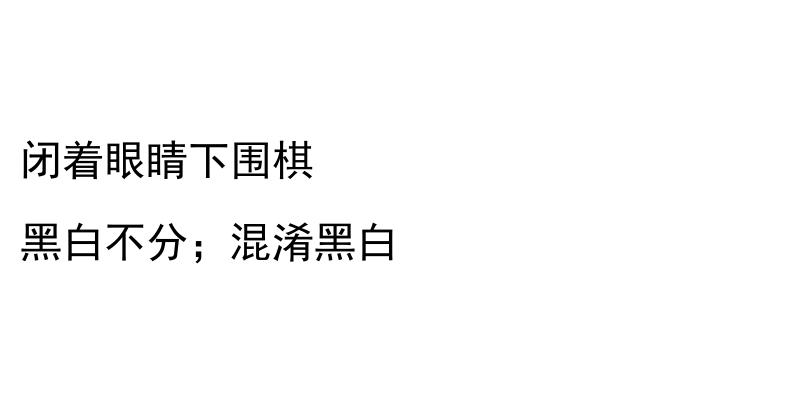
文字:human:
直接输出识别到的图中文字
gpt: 闭着眼睛下围棋 黑白不分；混淆黑白